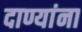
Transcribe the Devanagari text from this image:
दाण्यांना